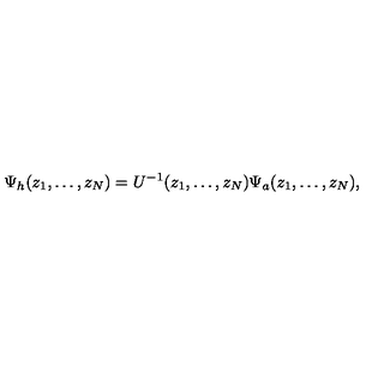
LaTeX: \Psi _ { h } ( z _ { 1 } , \dots , z _ { N } ) = U ^ { - 1 } ( z _ { 1 } , \dots , z _ { N } ) \Psi _ { a } ( z _ { 1 } , \dots , z _ { N } ) ,